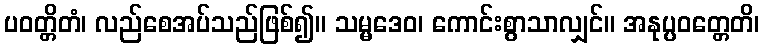
ပဝတ္တိတံ၊ လည်စေအပ်သည်ဖြစ်၍။ သမ္မဒေဝ၊ ကောင်းစွာသာလျှင်။ အနုပ္ပဝတ္တေတိ၊